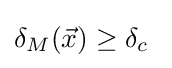
\delta _{M}({\vec {x}})\geq \delta _{c}~